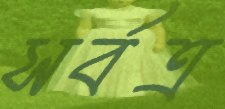
সর্বত্র